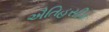
ઐતિહસીક